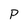
Character: p